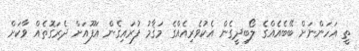
ތީ އަހަންނަށް ބޭބެއެއްގެ ލޯބިދީގެން އެކުވެރިއެއްގެ މަޤާމު ފުރައިގެން އަފޫއަށް ދެރަގޮތެއް ވާކަށް